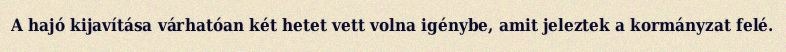
A hajó kijavítása várhatóan két hetet vett volna igénybe, amit jeleztek a kormányzat felé.